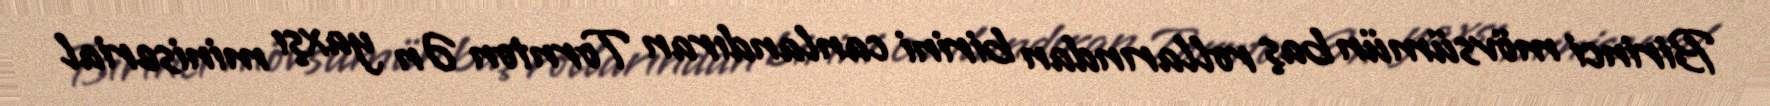
Birinci mövsümün baş rollarından birini canlandıran Tornton Ən yaxşı miniserial